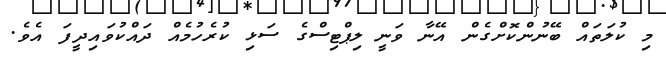
މި ކުލަތައް ބޭނުންކޮށްގެން އޭނާ ވަނީ ލިޕްޓިސްގެ ސަޅި ކުރެހުމެއް ދައްކުވައިދީފަ އެވެ.